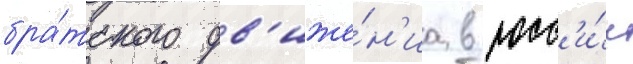
бра́тского дв'иже́н'иа в росс'и́и